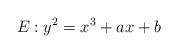
LaTeX: \begin{align*} E : y^{2} = x^{3} + ax + b\end{align*}